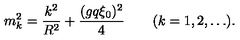
m _ { k } ^ { 2 } = { \frac { k ^ { 2 } } { R ^ { 2 } } } + { \frac { ( g q \xi _ { 0 } ) ^ { 2 } } { 4 } } \qquad ( k = 1 , 2 , \ldots ) .